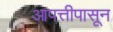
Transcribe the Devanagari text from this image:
आपत्तीपासून